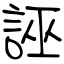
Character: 誣